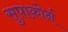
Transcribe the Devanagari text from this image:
सुपाकोर्न